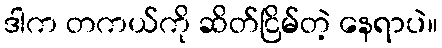
ဒါက တကယ်ကို ဆိတ်ငြိမ်တဲ့ နေရာပဲ။